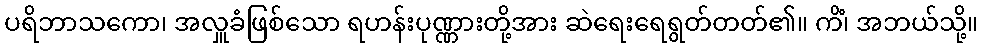
ပရိဘာသကော၊ အလှူခံဖြစ်သော ရဟန်းပုဏ္ဏားတို့အား ဆဲရေးရေရွတ်တတ်၏။ ကိံ၊ အဘယ်သို့။